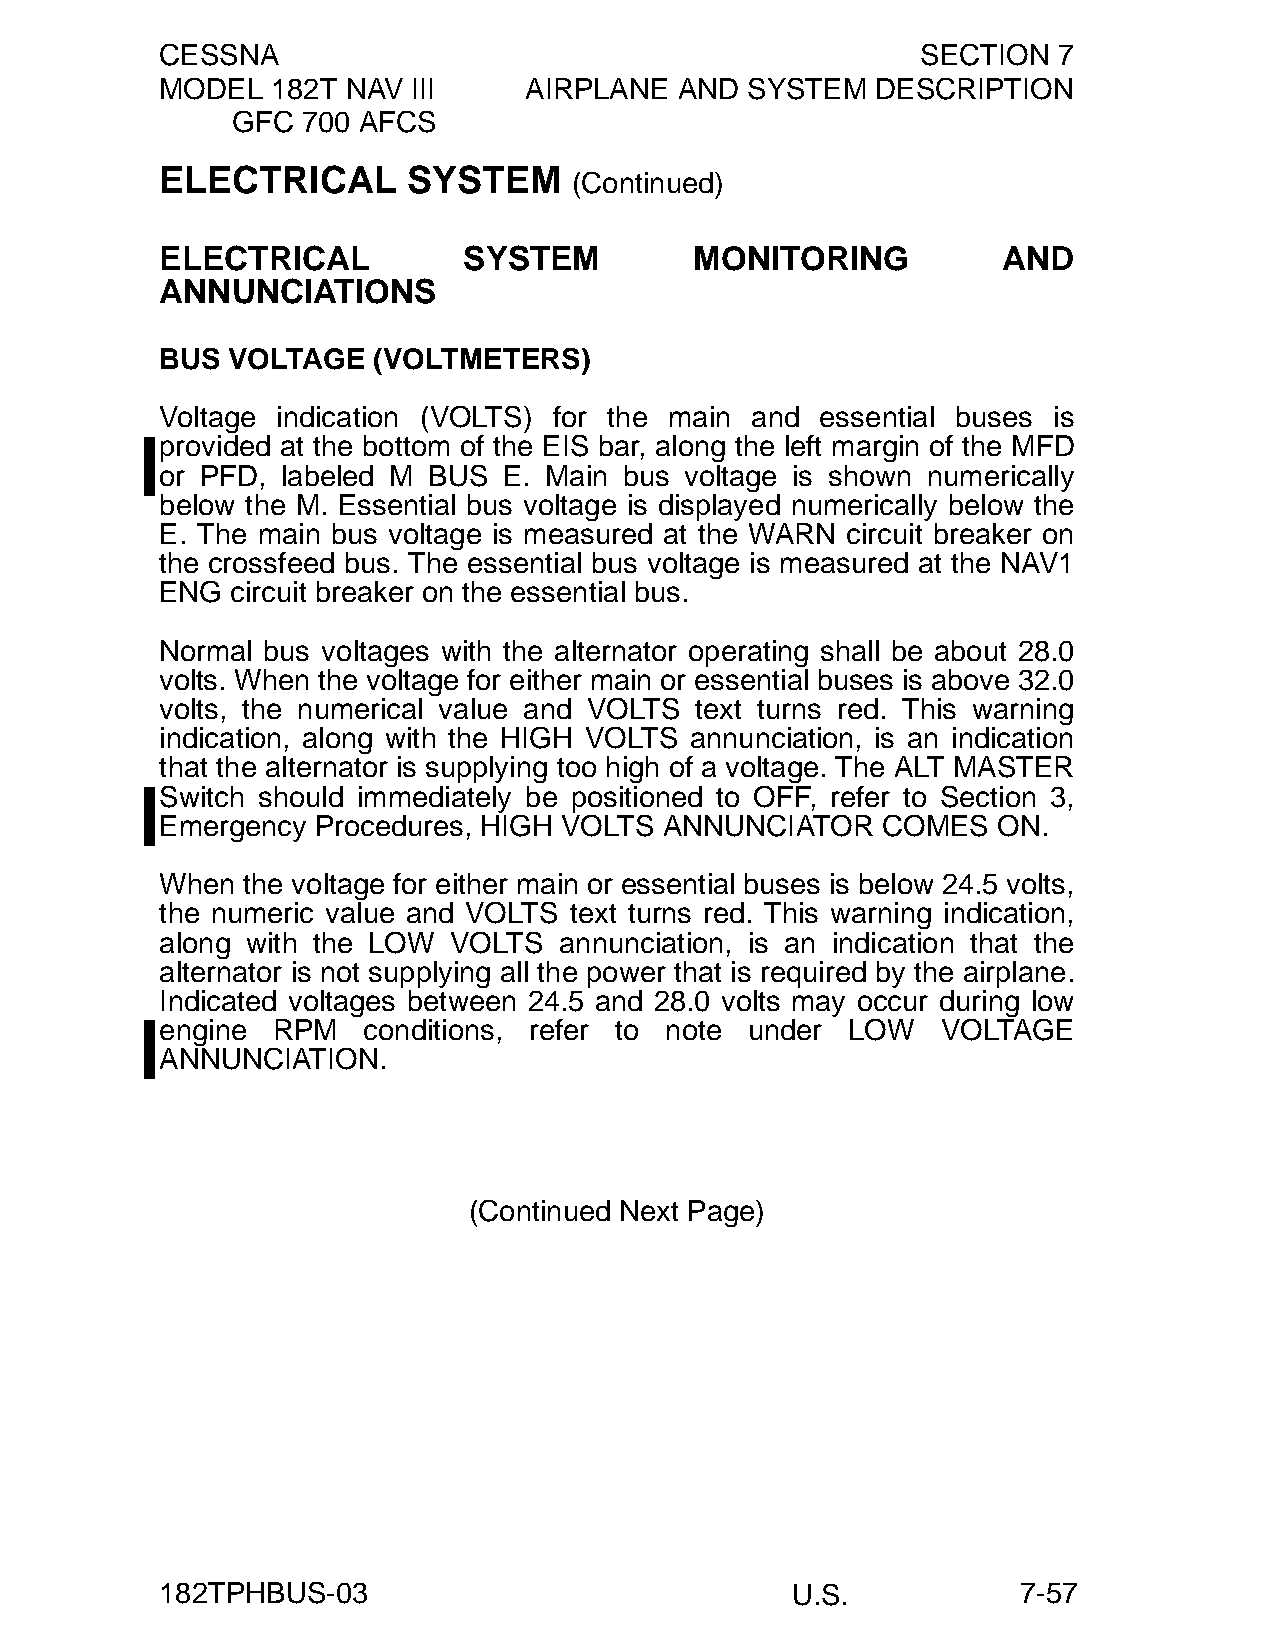
CESSNA                                            SECTION  7
 MODEL  182T NAV III     AIRPLANE  AND SYSTEM   DESCRIPTION
 GFC  700 AFCS
 ELECTRICAL      SYSTEM
 (Continued)
 ELECTRICAL          SYSTEM         MONITORING          AND
 ANNUNCIATIONS
 BUS VOLTAGE   (VOLTMETERS)
 Voltage indication (VOLTS) for the main and essential buses is
 provided at the bottom of the EIS bar, along the left margin of the MFD
 or PFD, labeled M BUS E. Main bus voltage is shown numerically
 below the M. Essential bus voltage is displayed numerically below the
 E. The main bus voltage is measured at the WARN circuit breaker on
 the crossfeed bus. The essential bus voltage is measured at the NAV1
 ENG circuit breaker on the essential bus.
 Normal bus voltages with the alternator operating shall be about 28.0
 volts. When the voltage for either main or essential buses is above 32.0
 volts, the numerical value and VOLTS text turns red. This warning
 indication, along with the HIGH VOLTS annunciation, is an indication
 that the alternator is supplying too high of a voltage. The ALT MASTER
 Switch should immediately be positioned to OFF, refer to Section 3,
 Emergency Procedures, HIGH VOLTS ANNUNCIATOR   COMES   ON.
 When the voltage for either main or essential buses is below 24.5 volts,
 the numeric value and VOLTS text turns red. This warning indication,
 along with the LOW VOLTS  annunciation, is an indication that the
 alternator is not supplying all the power that is required by the airplane.
 Indicated voltages between 24.5 and 28.0 volts may occur during low
 engine RPM   conditions, refer to note under LOW   VOLTAGE
 ANNUNCIATION.
 (Continued Next Page)
 182TPHBUS-03                             U.S.            7-57